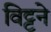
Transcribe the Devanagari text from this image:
विट्टने